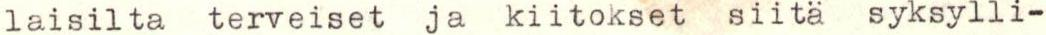
laisilta terveiset ja kiitokset siitä syksylli-